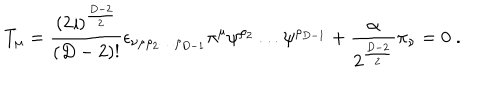
LaTeX: T _ { \mu } = \frac { ( 2 \imath ) ^ { \frac { D - 2 } { 2 } } } { ( D - 2 ) ! } \epsilon _ { \nu \mu \rho _ { 2 } \ldots \rho _ { D - 1 } } \pi ^ { \mu } \psi ^ { \rho _ { 2 } } \ldots \psi ^ { \rho _ { D - 1 } } + \frac { \alpha } { 2 ^ { \frac { D - 2 } { 2 } } } \pi _ { \nu } = 0 \; .